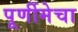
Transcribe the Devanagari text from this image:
पूर्णीमेचा